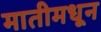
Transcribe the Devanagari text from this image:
मातीमधून